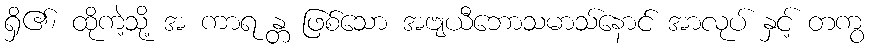
ရှိ၏၊ ထိုကဲ့သို့ အ ကာရ န္တ ဖြစ်သော အဗျယီဘောသမာသ်နောင် အာလုပ် နှင့် တကွ